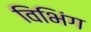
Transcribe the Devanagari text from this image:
विभिंग